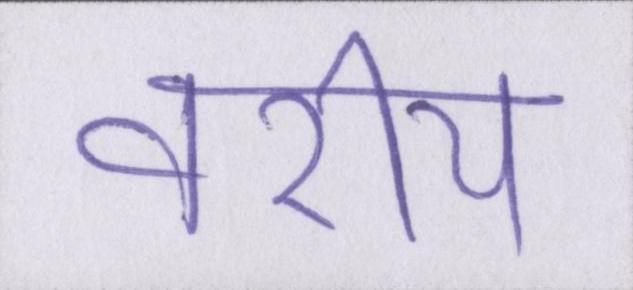
वरीय